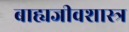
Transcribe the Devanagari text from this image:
बाह्यजीवशास्त्र